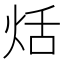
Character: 𤈏